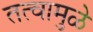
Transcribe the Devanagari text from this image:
तत्वामुळे